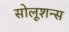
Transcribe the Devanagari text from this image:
सोलूशन्स